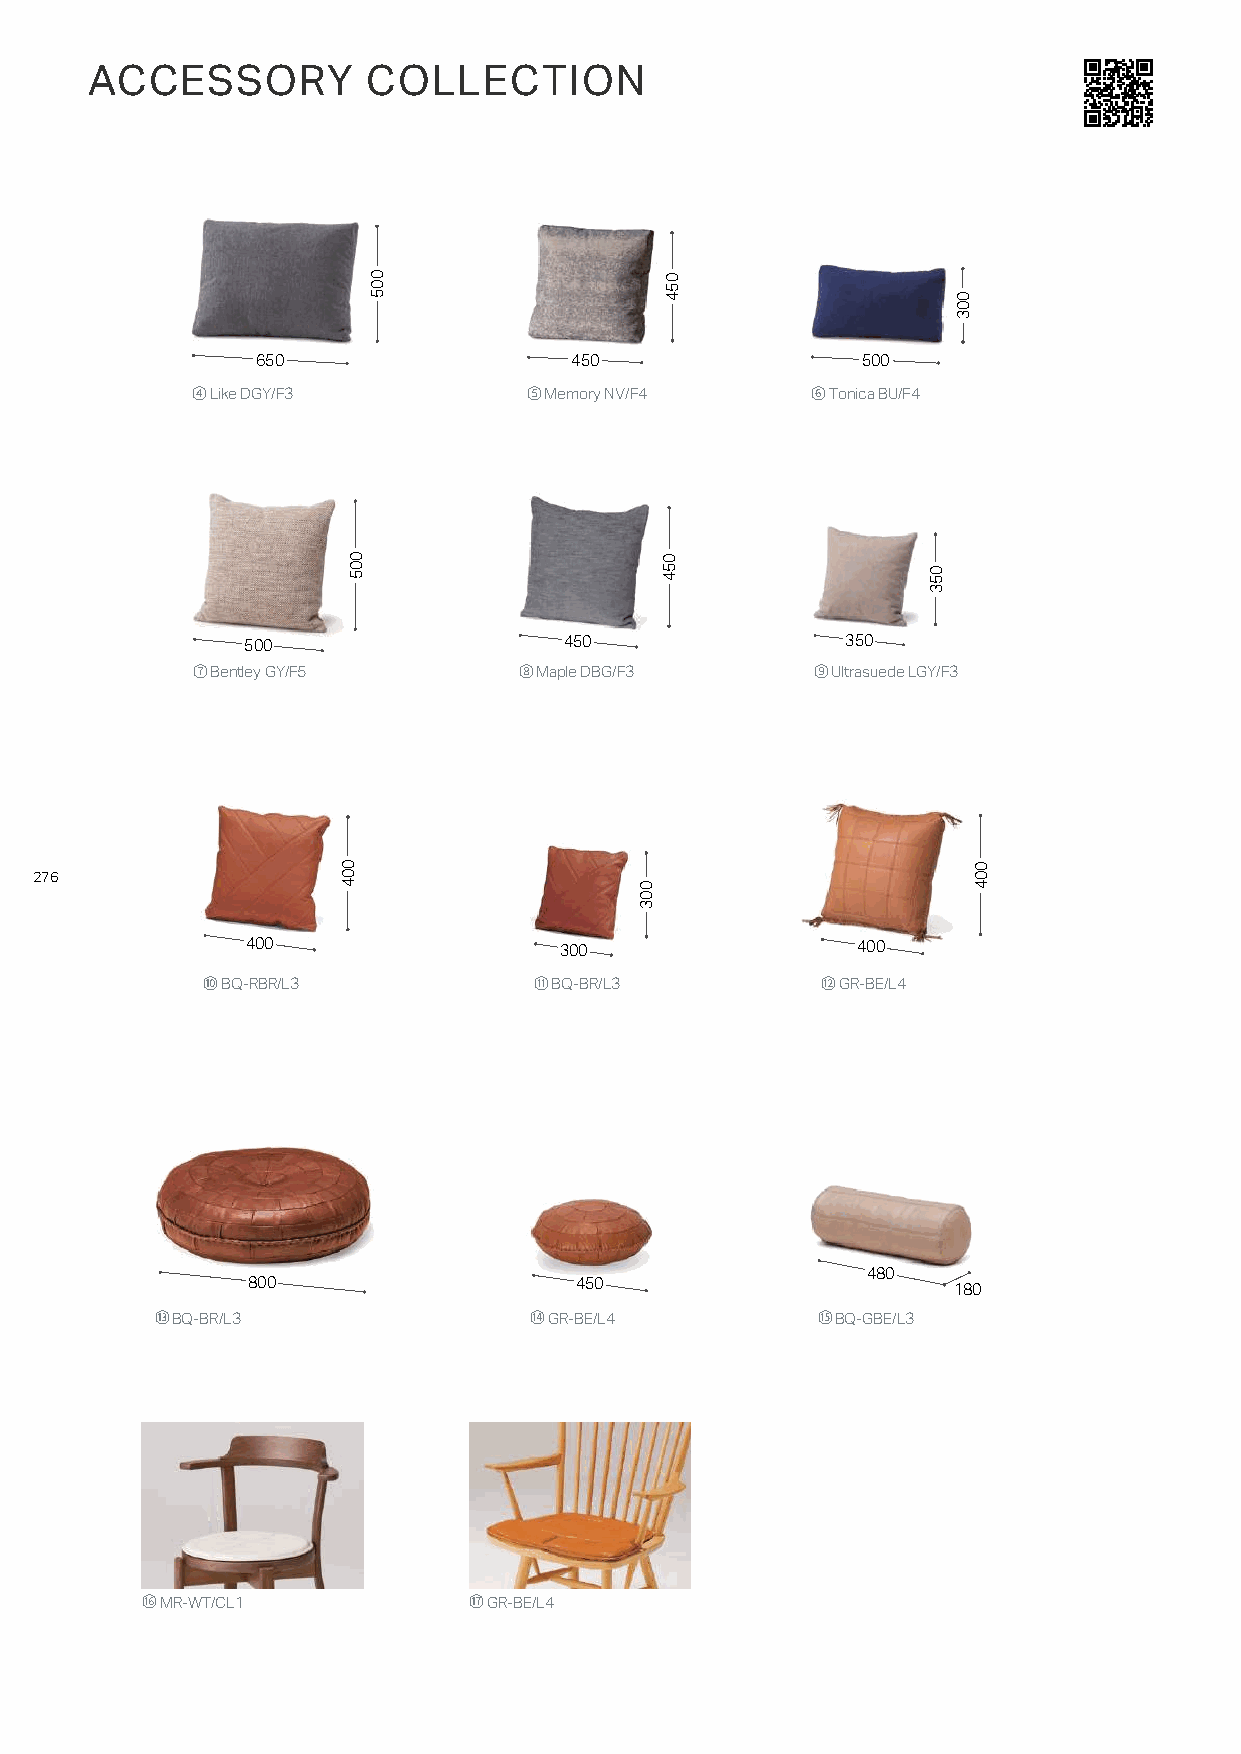
ACCESSORY         COLLECTION
 650                  450                500
 ④ Like DGY/F3         ⑤ Memory NV/F4     ⑥ Tonica BU/F4
 500                  450                350
 ⑦ Bentley GY/F5      ⑧ Maple DBG/F3      ⑨ Ultrasuede LGY/F3
 276
 400                  300                 400
 ⑩ BQ-RBR/L3           ⑪ BQ-BR/L3         ⑫ GR-BE/L4
 480
 800                   450                      180
 ⑬ BQ-BR/L3               ⑭ GR-BE/L4         ⑮ BQ-GBE/L3
 ⑯ MR-WT/CL1           ⑰ GR-BE/L4
 004
 005
 005
 003
 054
 054
 053
 003
 004